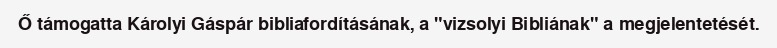
Ő támogatta Károlyi Gáspár bibliafordításának, a "vizsolyi Bibliának" a megjelentetését.